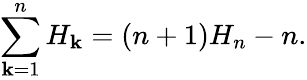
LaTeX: \sum_{\mathbf{k}=1}^{n}H_{\mathbf{k}}=(n+1)H_{n}-n.